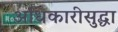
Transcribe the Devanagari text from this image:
अधिकारीसुद्धा